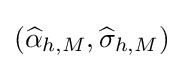
({\widehat {\alpha }}_{h,M},{\widehat {\sigma }}_{h,M})